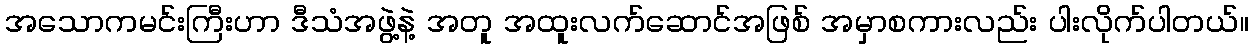
အသောကမင်းကြီးဟာ ဒီသံအဖွဲ့နဲ့ အတူ အထူးလက်ဆောင်အဖြစ် အမှာစကားလည်း ပါးလိုက်ပါတယ်။